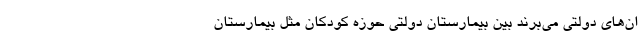
ان‌های دولتی می‌برند بین بیمارستان دولتی حوزه کودکان مثل بیمارستان